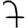
Digit: 7